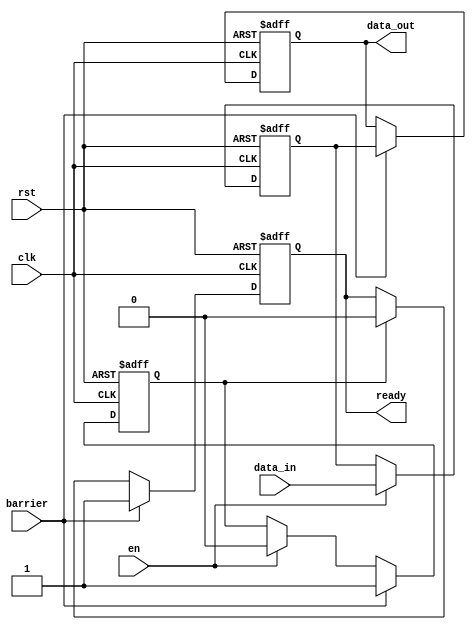
module BarrierRegister #(
    parameter N = 8 // Number of bits or inputs
)(
    input  wire          clk,     // Clock signal
    input  wire          rst,     // Asynchronous reset
    input  wire          en,      // Enable signal for capturing data
    input  wire [N-1:0] data_in, // Data inputs
    input  wire          barrier,  // Barrier signal
    output reg  [N-1:0] data_out, // Data outputs
    output reg          ready      // Ready signal
);

// Internal register to hold data temporarily
reg [N-1:0] data_reg;

// State indicators
reg barrier_active = 0;

// Asynchronous reset and enable logic
always @(posedge clk or posedge rst) begin
    if (rst) begin
        data_reg <= {N{1'b0}}; // Clear the register
        data_out <= {N{1'b0}}; // Clear the output
        ready <= 1'b0;         // Not ready initially
        barrier_active <= 1'b0; // Initially, barrier is not active
    end else begin
        if (en) begin
            data_reg <= data_in; // Latch data on enable
            barrier_active <= 1'b0; // Reset barrier active flag
        end 
        
        // Check for Barrier Signal to release data
        if (barrier) begin
            data_out <= data_reg;  // Release output data
            ready <= 1'b1;          // Set ready signal
            barrier_active <= 1'b1; // Set barrier active flag
        end else if (barrier_active) begin
            ready <= 1'b0;          // Reset ready if barrier is not active
        end
    end
end 

endmodule